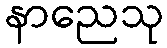
နာညေသု